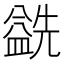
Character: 𰥅